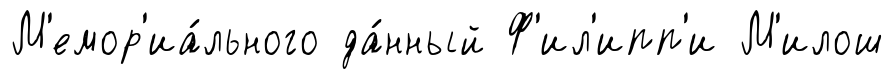
М'емор'иа́льного да́нный Ф'ил'ипп'и М'илош